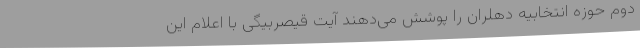
دوم حوزه انتخابیه دهلران را پوشش می‌دهند آیت قیصربیگی با اعلام این